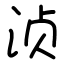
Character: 浈